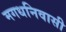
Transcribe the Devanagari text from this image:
मगधनिवासी